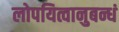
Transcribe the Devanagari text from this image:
लोपयित्वानुबन्धं